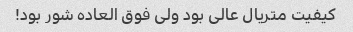
کیفیت متریال عالی بود ولی فوق العاده شور بود!